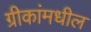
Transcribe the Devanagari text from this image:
ग्रीकांमधील